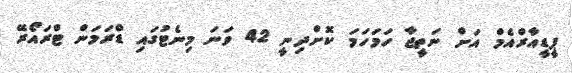
ޕީޑީއާރްއެމް އަށް ނަތީޖާ ހަމަހަމަ ކޮށްދިނީ 42 ވަނަ މިނެޓުގައި ޑްރަމަން ޓްރައޯރޭ